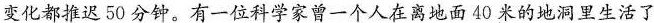
变化都推迟50分钟。有一位科学家曾一个人在离地面40米的地洞里生活了